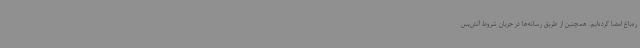
ره‌باغ امضا کرده‌ایم. همچنین از طریق رسانه‌ها در جریان شروط آتش‌بس